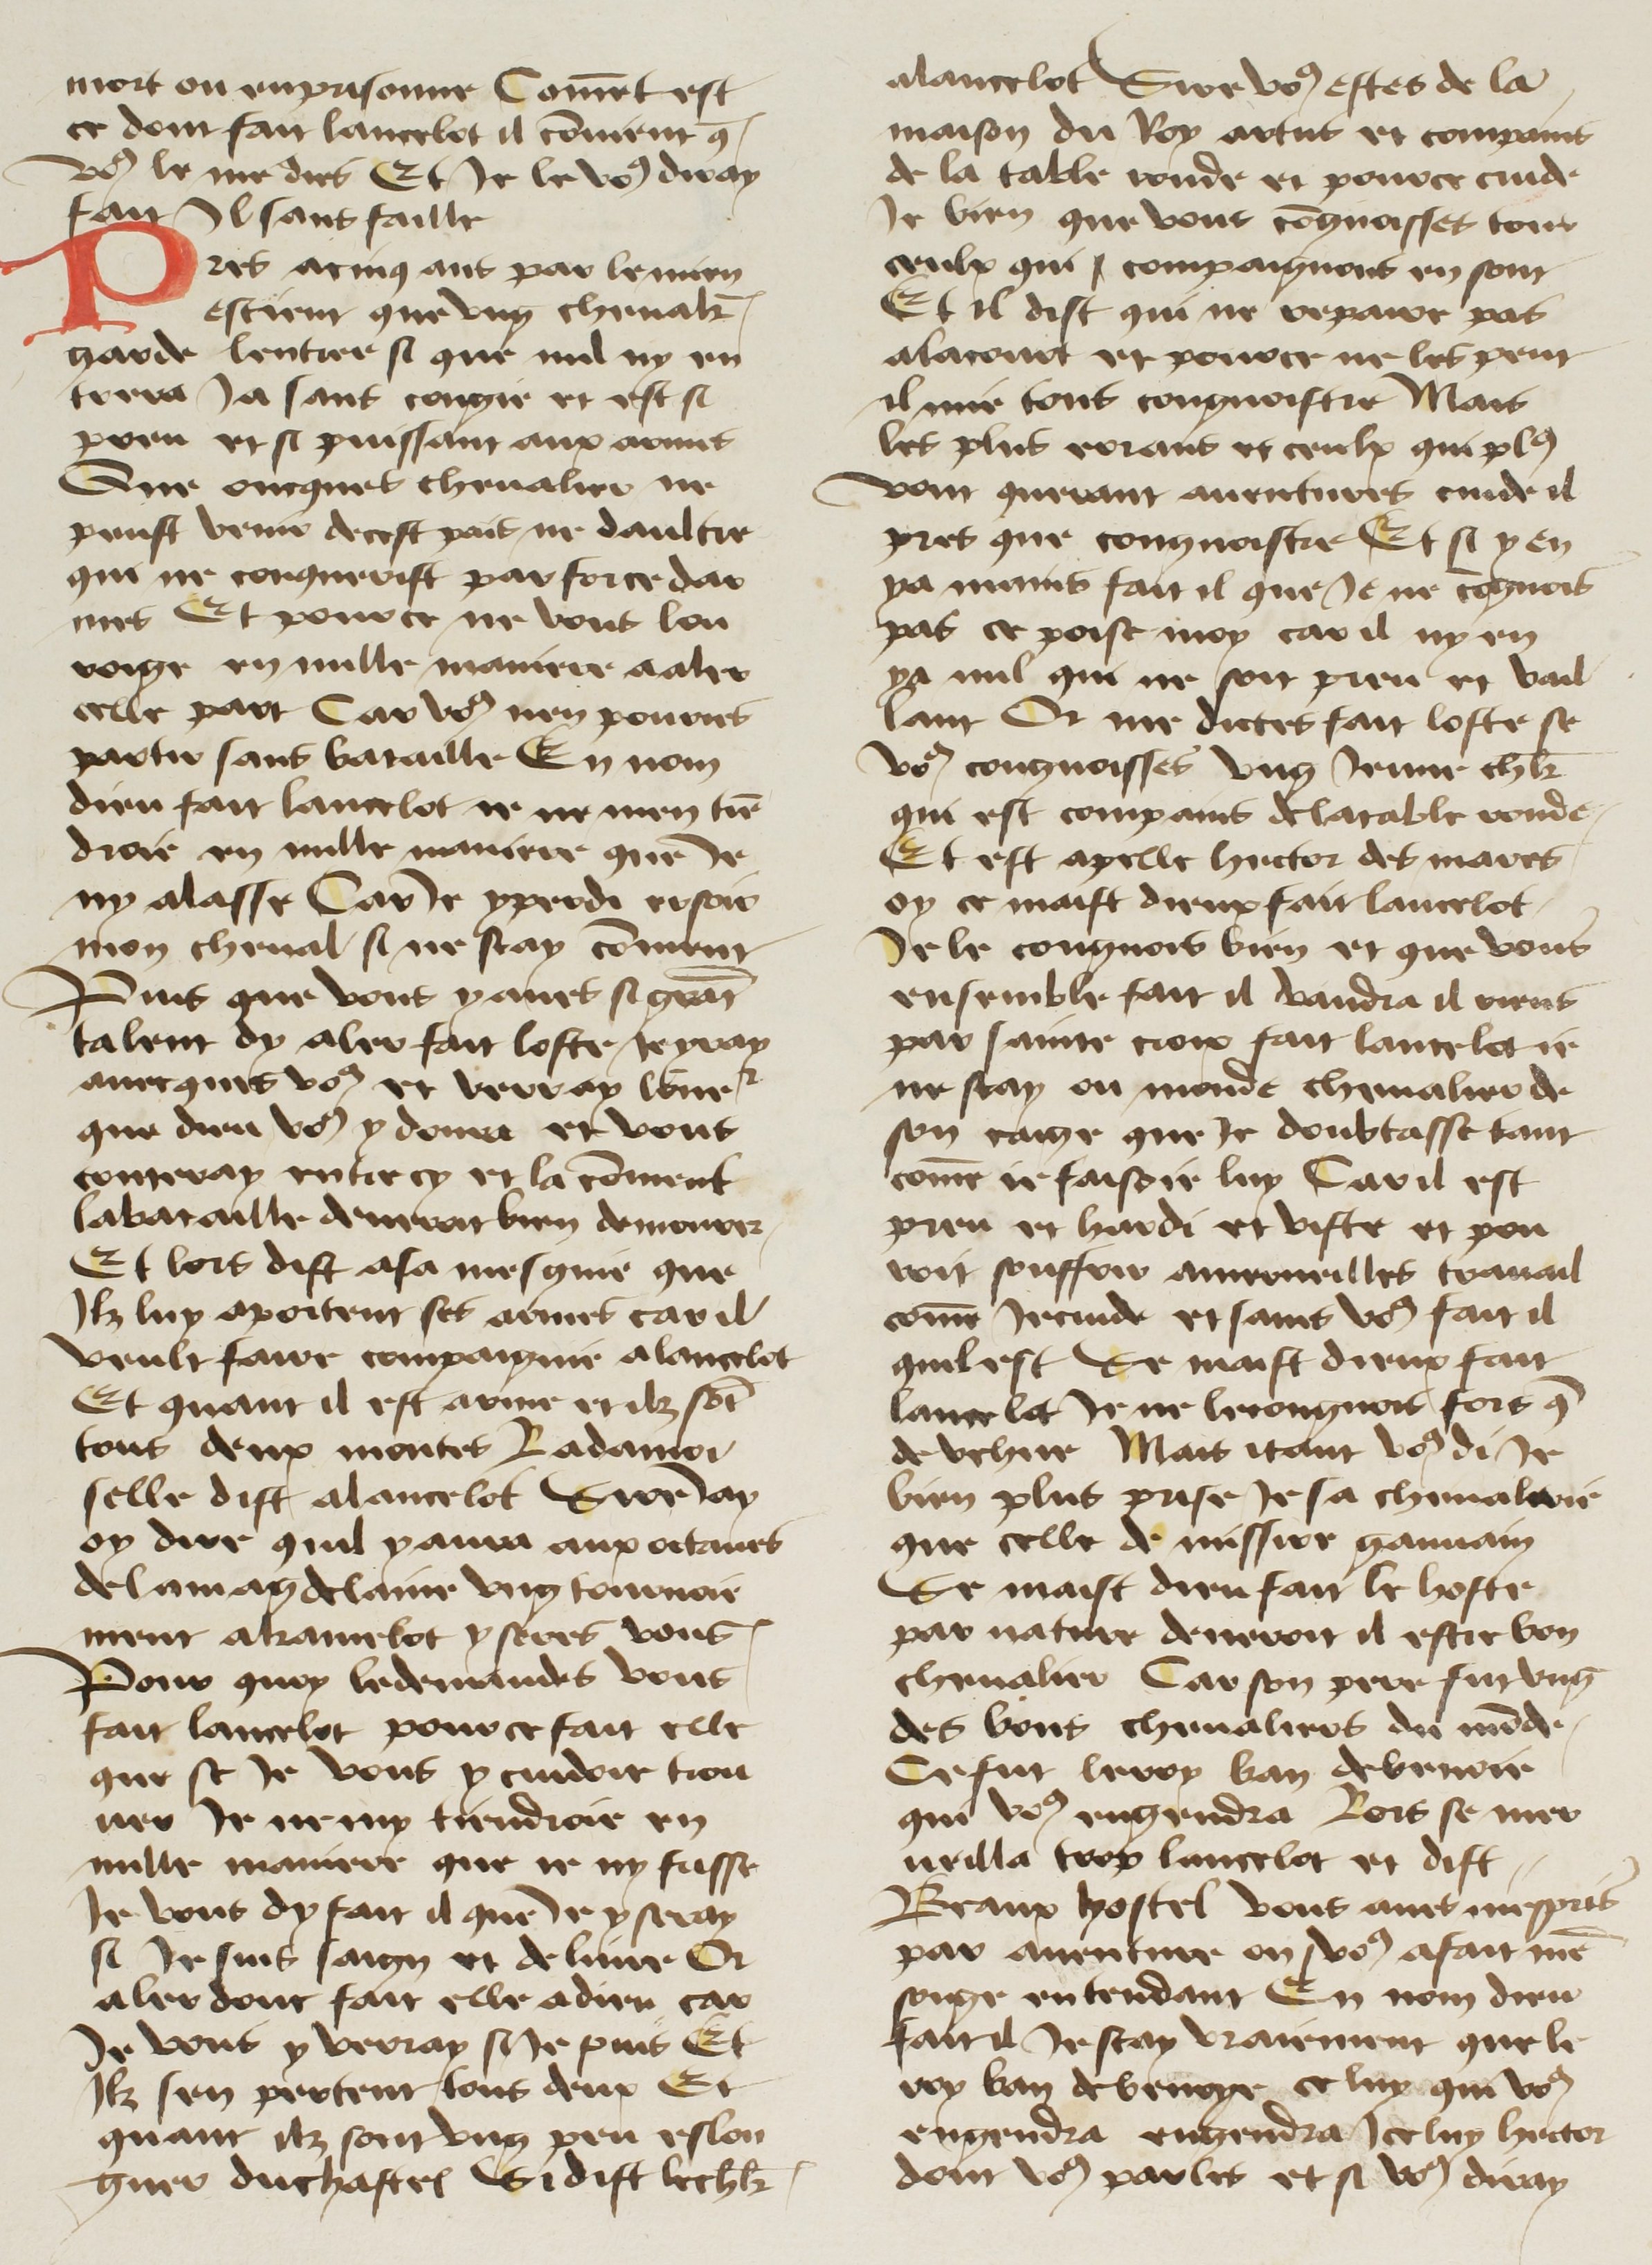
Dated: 1400–1499